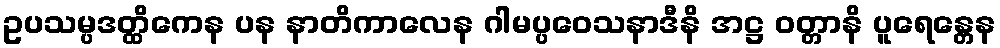
ဥပသမ္ပဒတ္ထိကေန ပန နာတိကာလေန ဂါမပ္ပဝေသနာဒီနိ အဋ္ဌ ဝတ္တာနိ ပူရေန္တေန